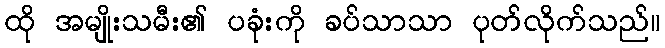
ထို အမျိုးသမီး၏ ပခုံးကို ခပ်သာသာ ပုတ်လိုက်သည်။